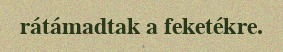
rátámadtak a feketékre.